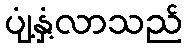
ပျံ့နှံ့လာသည်